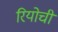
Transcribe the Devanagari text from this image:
रियोची